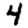
Digit: 4